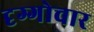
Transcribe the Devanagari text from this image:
दृग्गोचार